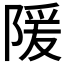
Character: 𫕉